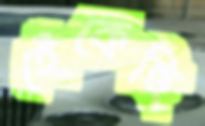
হেঁকেছি